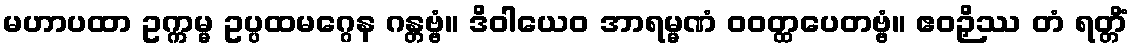
မဟာပထာ ဥက္ကမ္မ ဥပ္ပထမဂ္ဂေန ဂန္တဗ္ဗံ။ ဒိဝါယေဝ အာရမ္မဏံ ဝဝတ္ထပေတဗ္ဗံ။ ဧဝဉှိဿ တံ ရတ္တိံ